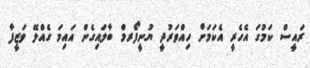
ރައީސް ކަމުގަ އެހެރީ އެކަމަށް ހިއްވަރުދީ ޔުނީފޯރމް ބާލައިގެން އައިމަ ގެއްލޭ ވަޒީފާ